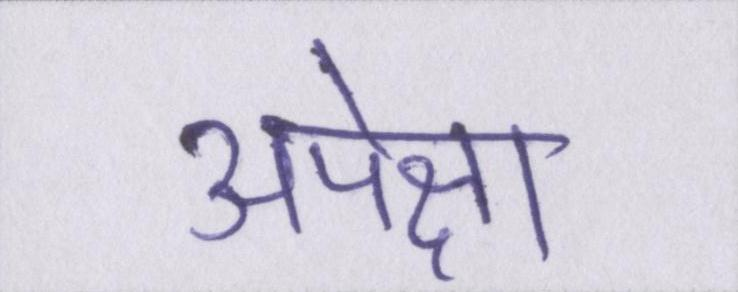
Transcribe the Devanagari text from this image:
अपेक्षा